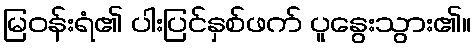
မြဝန်းရံ၏ ပါးပြင်နှစ်ဖက် ပူနွေးသွား၏။